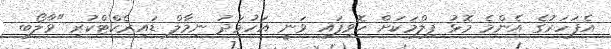
އެފަހަރުގެ އެންމެ މޮޅު ފިލްމަކަށް ހޮވިފައި ވަނީ އަހުމަދު ނިމާލް ޑައިރެކްޓްކުރި "ވާލޯބި